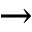
\rightarrow